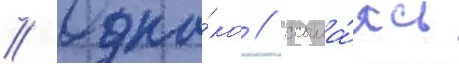
// Одна́ко / ссыла́ясь